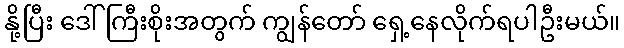
နို့ပြီး ဒေါ်ကြီးစိုးအတွက် ကျွန်တော် ရှေ့နေလိုက်ရပါဦးမယ်။